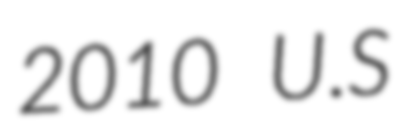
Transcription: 2010 U.S